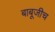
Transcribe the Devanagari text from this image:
बाबूजीच